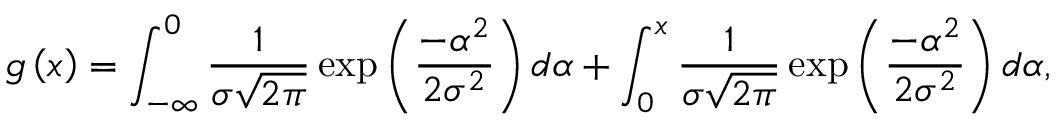
g \left( x \right) = \int _ { - \infty } ^ { 0 } \frac { 1 } { \sigma \sqrt { 2 \pi } } \exp \left( \frac { - \alpha ^ { 2 } } { 2 \sigma ^ { 2 } } \right) d \alpha + \int _ { 0 } ^ { x } \frac { 1 } { \sigma \sqrt { 2 \pi } } \exp \left( \frac { - \alpha ^ { 2 } } { 2 \sigma ^ { 2 } } \right) d \alpha ,